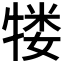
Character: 𬌥